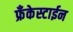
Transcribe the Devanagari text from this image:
फ्रँकेस्टाईन